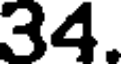
34.